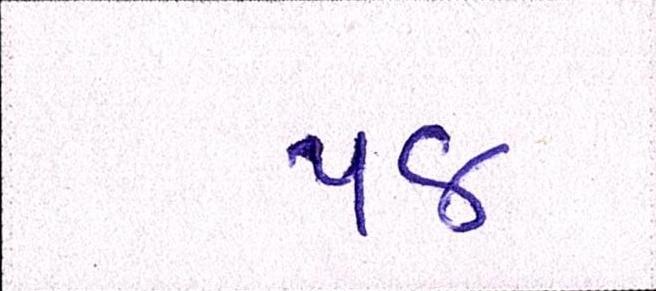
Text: ૫૪